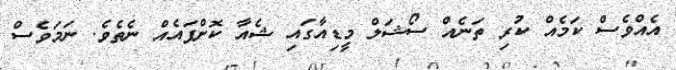
އެއްވެސް ކަމެއް ކުރި ތަނެއް ސޯޝަލް މީޑިއާގައި ޝެއާ ކޮށްފައެއް ނެތެވެ. ނަމަވެސް